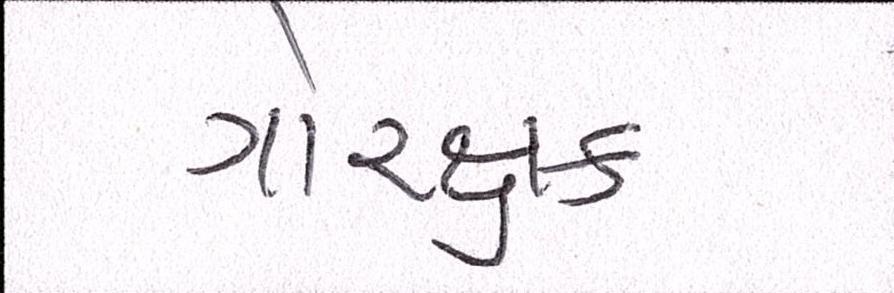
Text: ગૌરક્ષક